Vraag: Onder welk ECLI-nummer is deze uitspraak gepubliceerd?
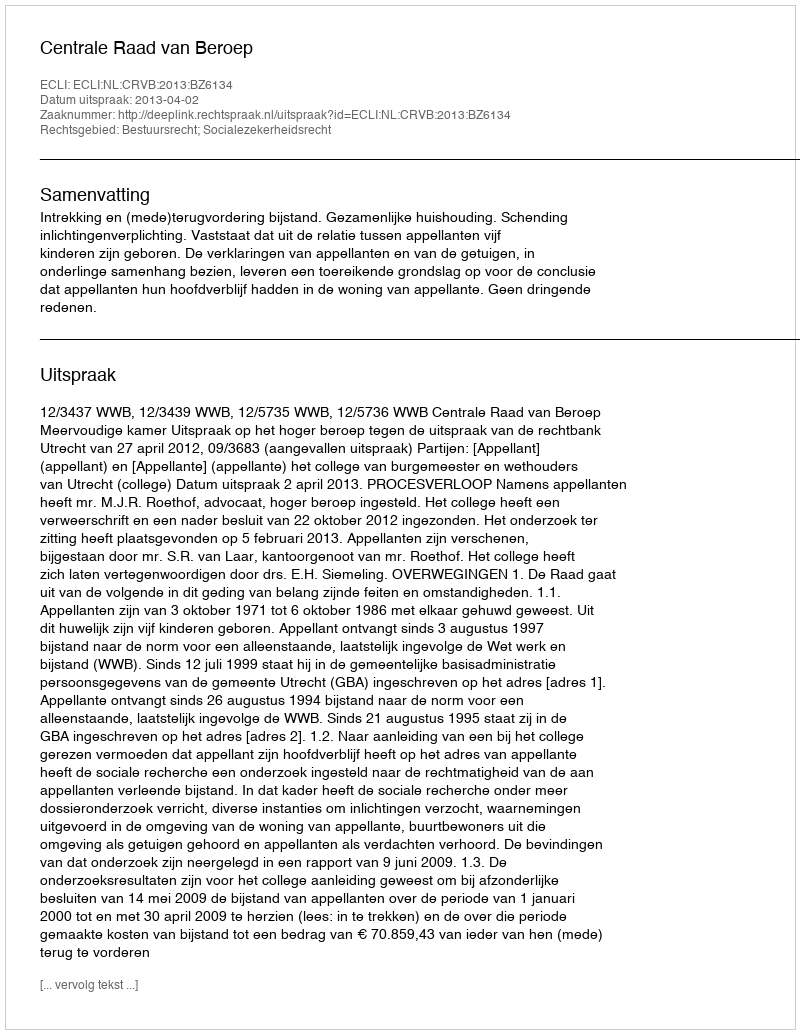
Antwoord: ECLI:NL:CRVB:2013:BZ6134